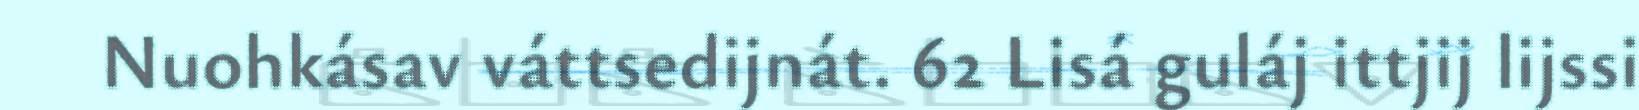
Nuohkásav váttsedijnát. 62 Lisá guláj ittjij lijssi